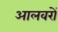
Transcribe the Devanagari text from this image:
आलवरों